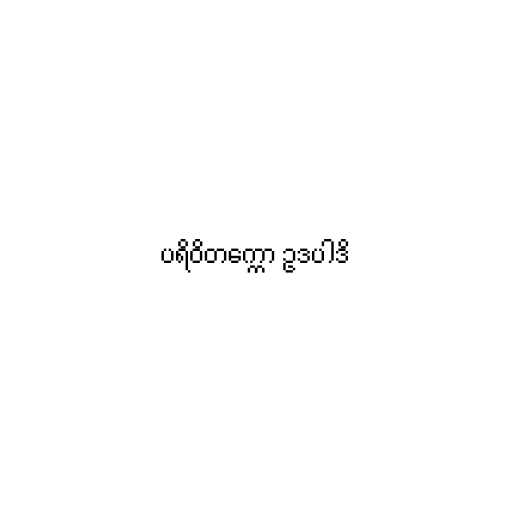
ပရိဝိတက္ကော ဥဒပါဒိ